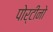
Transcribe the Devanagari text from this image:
पोर्टीनो